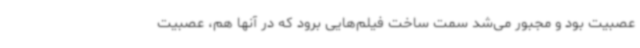
عصبیت بود و مجبور می‌شد سمت ساخت فیلم‌هایی برود که در آنها هم، عصبیت